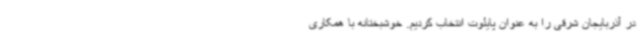
در آذربایجان شرقی را به عنوان پایلوت انتخاب کردیم. خوشبختانه با همکاری